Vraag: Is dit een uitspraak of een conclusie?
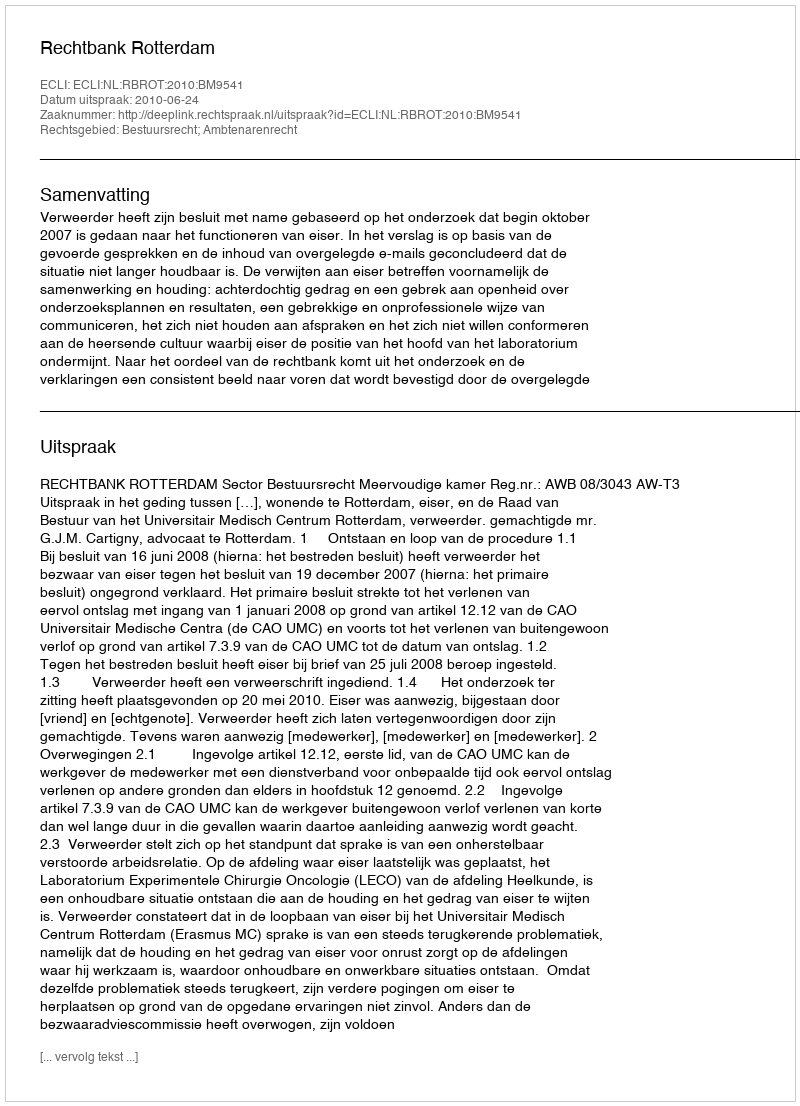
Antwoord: Uitspraak